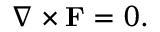
{ \nabla } \times { \mathbf { F } } = 0 .